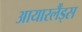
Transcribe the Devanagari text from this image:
आयारर्लैंड्स